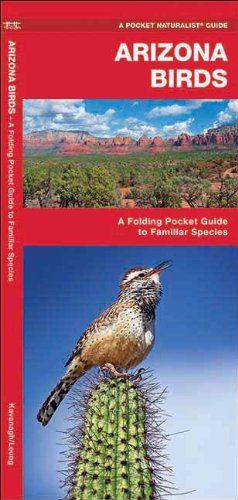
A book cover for Arizona Birds: A Folding Pocket Guide to Familiar Species (Pocket Naturalist Guide Series); James Kavanagh; Travel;